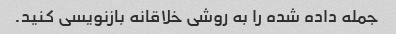
جمله داده شده را به روشی خلاقانه بازنویسی کنید.